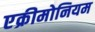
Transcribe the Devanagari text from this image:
एक्रीमोनियम